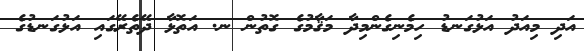
އަދި މިއަދު އަޅުގަނޑު ހިމެނިގެންމިދާ މަޤާމުގެ ގޮތުން ނ. އަތޮޅާ ދޭތެރޭގައި އަޅުގަނޑުގެ